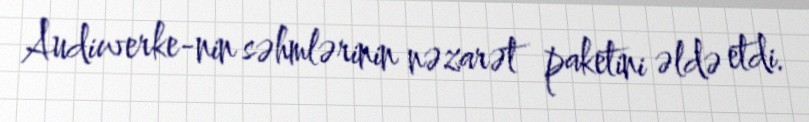
Audiwerke-nin səhmlərinin nəzarət paketini əldə etdi.